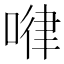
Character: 𠷈